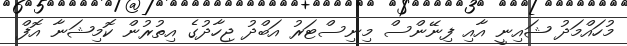
މުހައްމަދު ޝައިނީ އާއި ފިނޭންސް މިނިސްޓަރު އަބްދު ޖިހާދުގެ އިތުރުން ކޮމިޝަނާ އޮފް